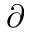
\partial